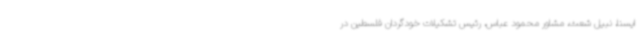
ایسنا، نبیل شعث، مشاور محمود عباس، رئیس تشکیلات خودگردان فلسطین در